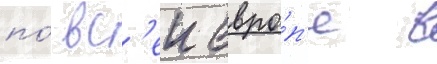
по́ вс'еи евро́п'е в